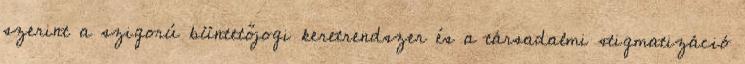
szerint a szigorú büntetőjogi keretrendszer és a társadalmi stigmatizáció